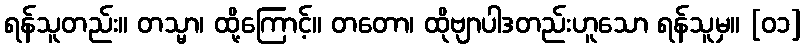
ရန်သူတည်း။ တသ္မာ၊ ထို့ကြောင့်။ တတော၊ ထိုဗျာပါဒတည်းဟူသော ရန်သူမှ။ [၀၁]